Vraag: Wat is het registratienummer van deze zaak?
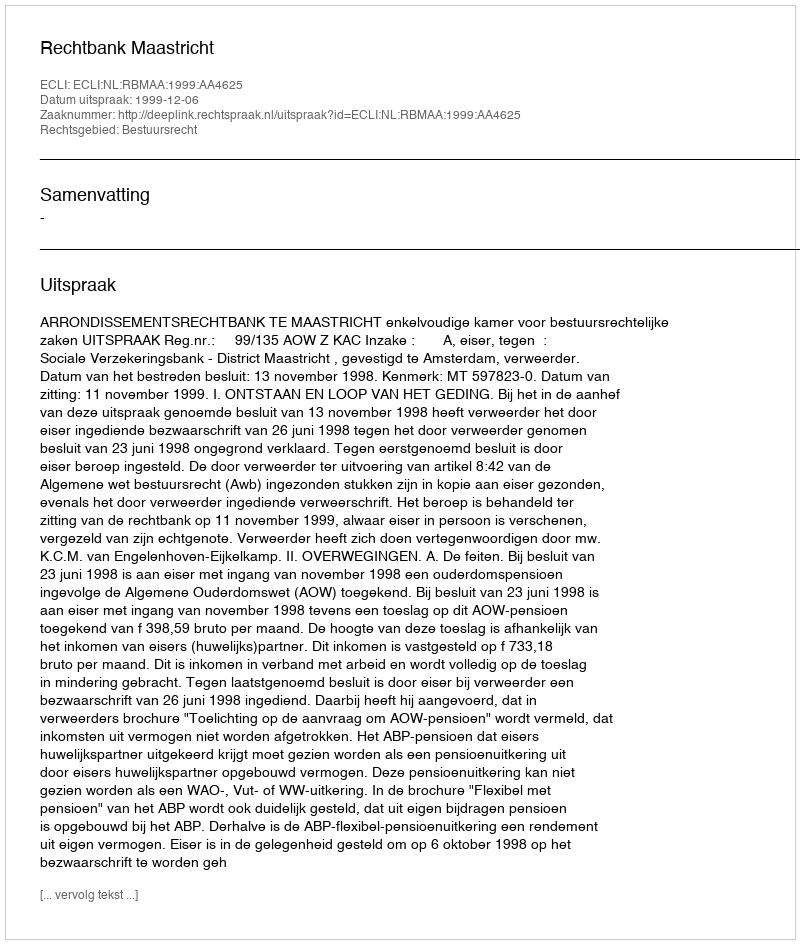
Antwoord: http://deeplink.rechtspraak.nl/uitspraak?id=ECLI:NL:RBMAA:1999:AA4625